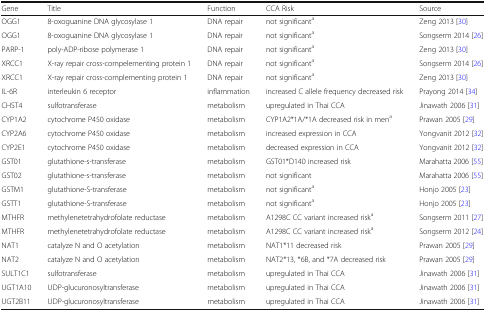
| Gene | Title | Function | CCA Risk | Source |
 | --- | --- | --- | --- | --- |
 | OGG1 | 8-oxoguanine DNA glycosylase 1 | DNA repair | not significanta | Zeng 2013 [30] |
 | OGG1 | 8-oxoguanine DNA glycosylase 1 | DNA repair | not significanta | Songserm 2014 [26] |
 | PARP-1 | poly-ADP-ribose polymerase 1 | DNA repair | not significanta | Zeng 2013 [30] |
 | XRCC1 | X-ray repair cross-compelementing protein 1 | DNA repair | not significanta | Songserm 2014 [26] |
 | XRCC1 | X-ray repair cross-complementing protein 1 | DNA repair | not significanta | Zeng 2013 [30] |
 | IL-6R | interleukin 6 receptor | inflammation | increased C allele frequency decreased risk | Prayong 2014 [34] |
 | CHST4 | sulfotransferase | metabolism | upregulated in Thai CCA | Jinawath 2006 [31] |
 | CYP1A2 | cytochrome P450 oxidase | metabolism | CYP1A2*1A/*1A decreased risk in mena | Prawan 2005 [29] |
 | CYP2A6 | cytochrome P450 oxidase | metabolism | increased expression in CCA | Yongvanit 2012 [32] |
 | CYP2E1 | cytochrome P450 oxidase | metabolism | decreased expression in CCA | Yongvanit 2012 [32] |
 | GST01 | glutathione-s-transferase | metabolism | GST01*D140 increased risk | Marahatta 2006 [55] |
 | GST02 | glutathione-s-transferase | metabolism | not significant | Marahatta 2006 [55] |
 | GSTM1 | glutathione-S-transferase | metabolism | not significanta | Honjo 2005 [23] |
 | GSTT1 | glutathione-S-transferase | metabolism | not significanta | Honjo 2005 [23] |
 | MTHFR | methylenetetrahydrofolate reductase | metabolism | A1298C CC variant increased riska | Songserm 2011 [27] |
 | MTHFR | methylenetetrahydrofolate reductase | metabolism | A1298C CC variant increased riska | Songserm 2012 [24] |
 | NAT1 | catalyze N and O acetylation | metabolism | NAT1*11 decreased risk | Prawan 2005 [29] |
 | NAT2 | catalyze N and O acetylation | metabolism | NAT2*13, *6B, and *7A decreased risk | Prawan 2005 [29] |
 | SULT1C1 | sulfotransferase | metabolism | upregulated in Thai CCA | Jinawath 2006 [31] |
 | UGT1A10 | UDP-glucuronosyltransferase | metabolism | upregulated in Thai CCA | Jinawath 2006 [31] |
 | UGT2B11 | UDP-glucuronosyltransferase | metabolism | upregulated in Thai CCA | Jinawath 2006 [31] |